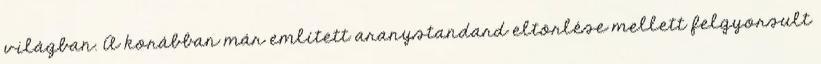
világban. A korábban már említett aranystandard eltörlése mellett felgyorsult